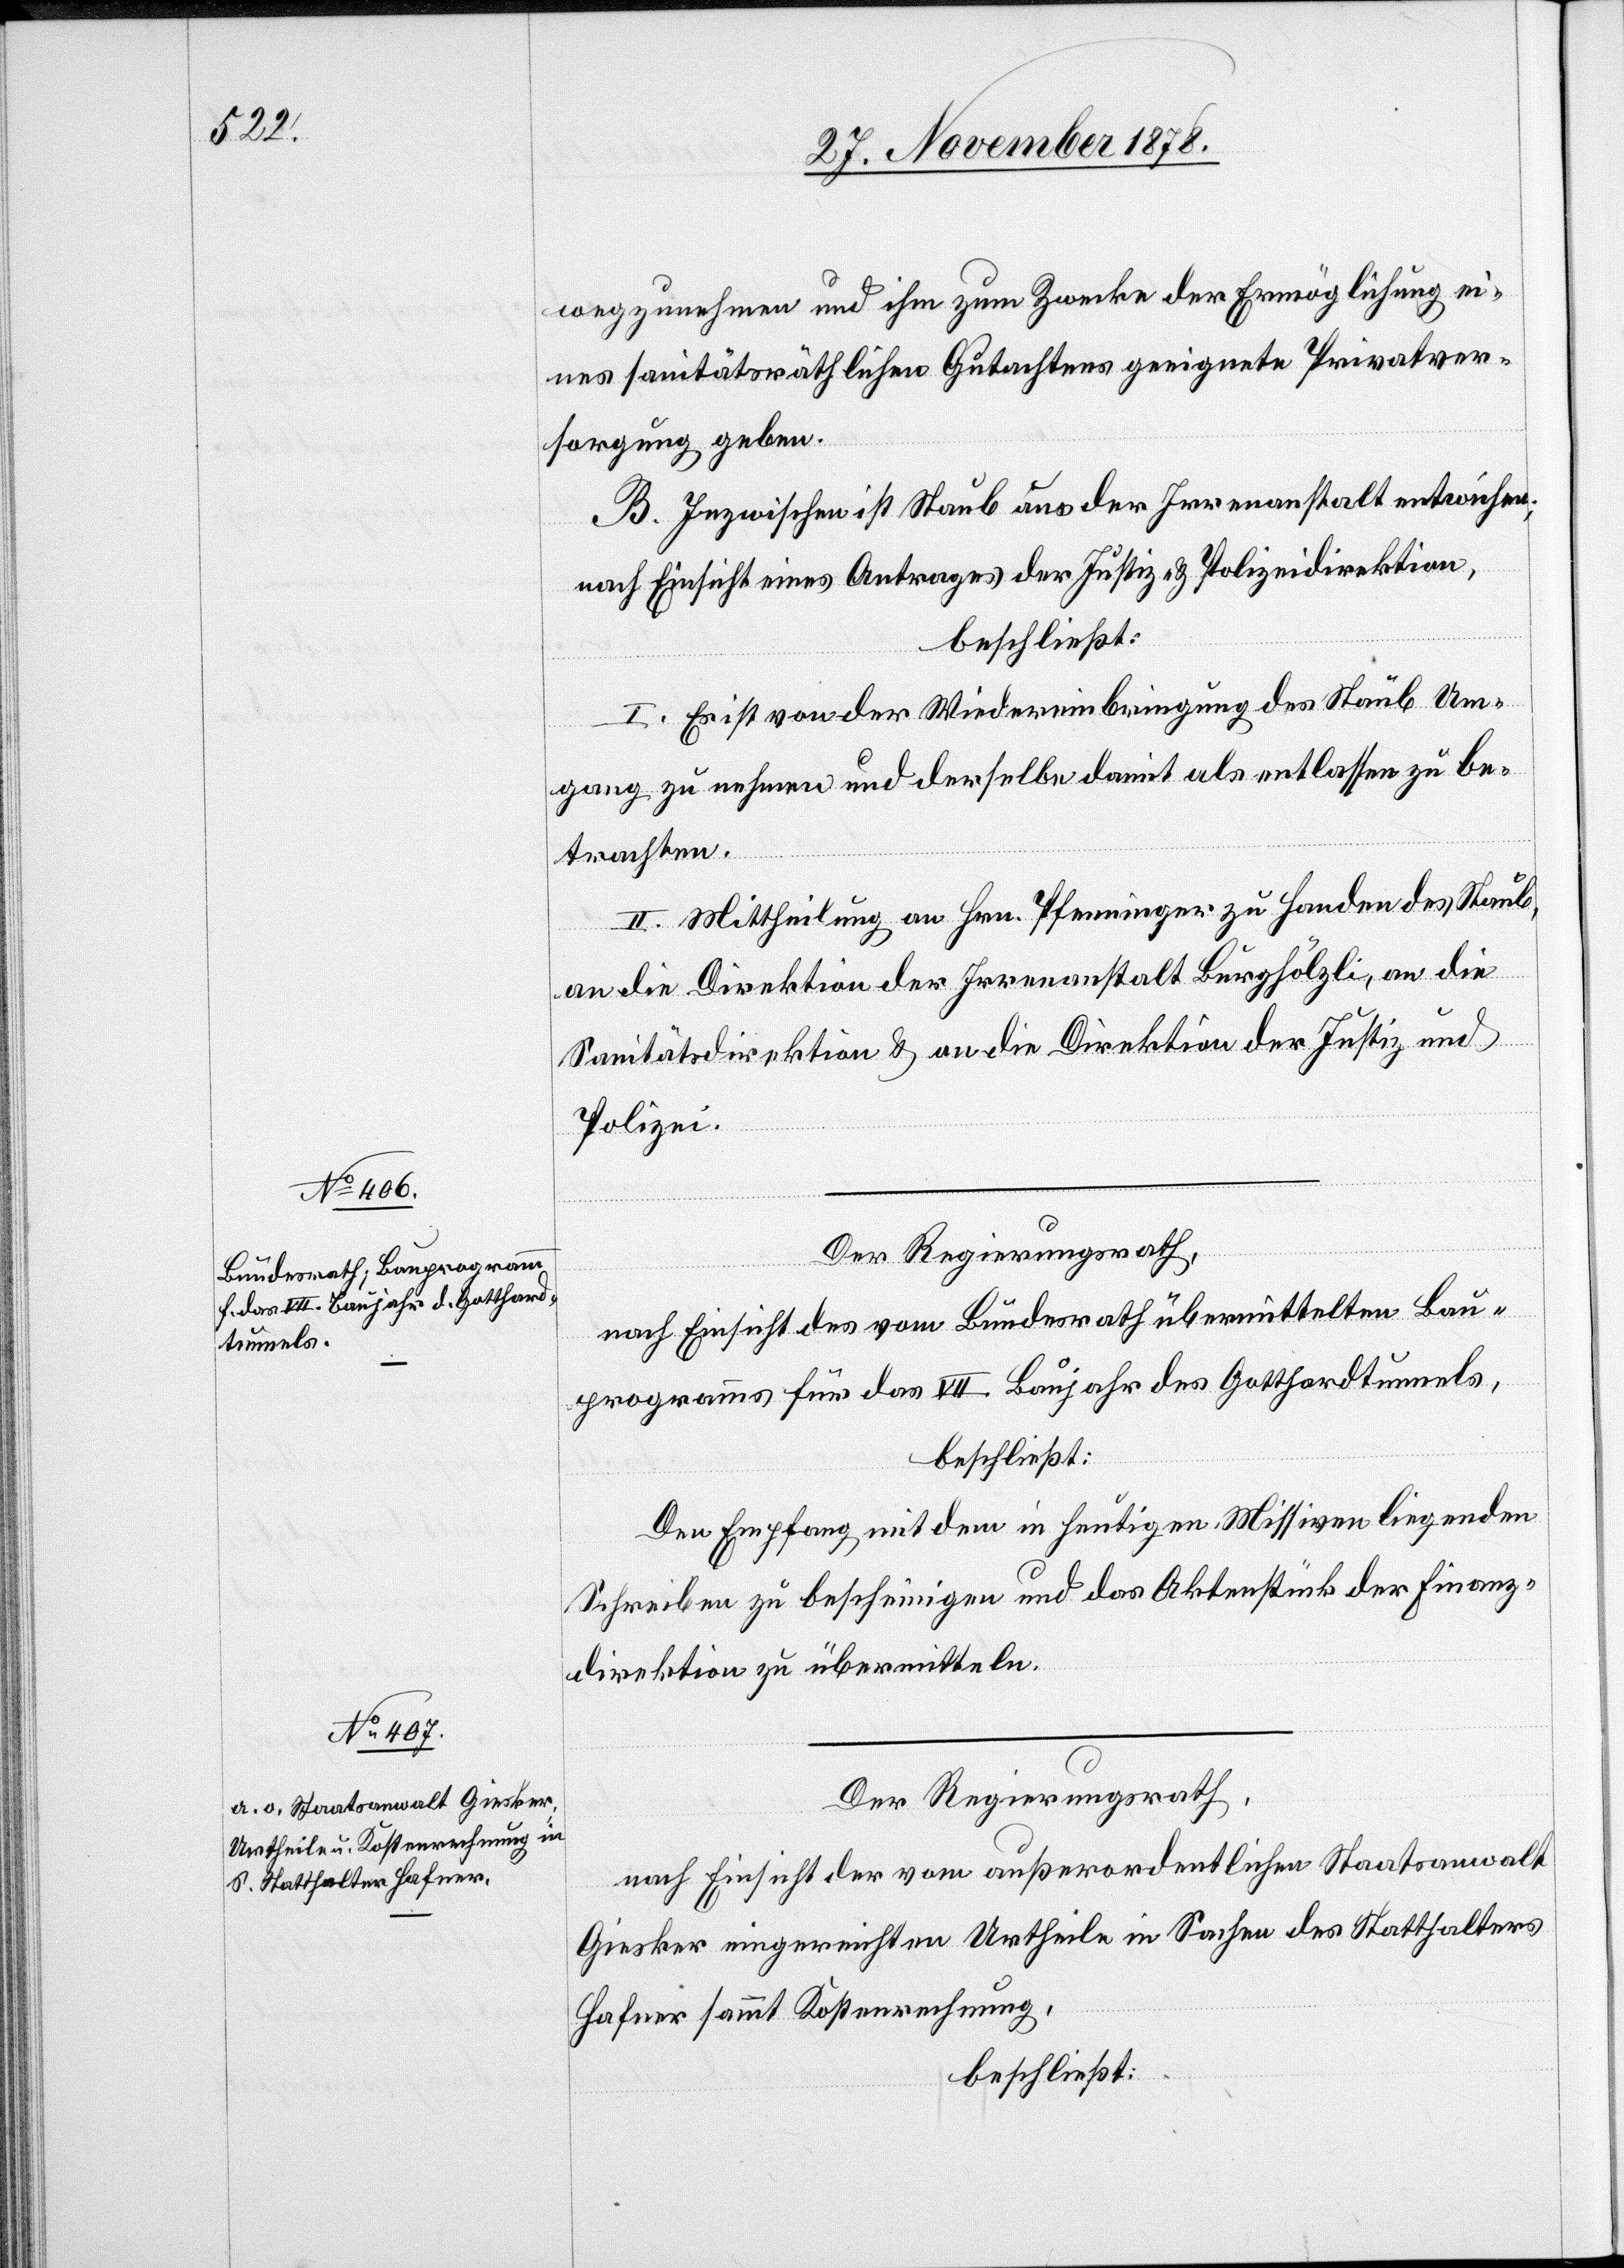
wegzunehmen und ihm zum Zwecke der Ermöglichung ei¬
nes sanitätsräthlichen Gutachtens geeignete Privatver¬
sorgung geben.
B. Inzwischen ist Staub aus der Irrenanstalt entwichen;
nach Einsicht eines Antrages der Justiz- & Polizeidirektion,
beschließt:
I. Es ist von der Wiedereinbringung des Staub Um¬
gang zu nehmen und derselbe damit als entlassen zu be¬
trachten.
II. Mittheilung an Hrn. Pfenninger zu Handen des Staub,
an die Direktion der Irrenanstalt Burghölzli, an die
Sanitätsdirektion & an die Direktion der Justiz und
Polizei.
Der Regierungsrath,
nach Einsicht des vom Bundesrath übermittelten Bau¬
programms für das VII. Baujahr des Gotthardtunnels,
beschließt:
Den Empfang mit dem in heutigen Missiven liegenden
Schreiben zu bescheinigen und das Aktenstück der Finanz¬
direktion zu übermitteln.
Der Regierungsrath,
nach Einsicht der vom außerordentlichen Staatsanwalt
Giesker eingereichten Urtheile in Sachen des Statthalters
Hafner sammt Kostenrechnung,
beschließt: